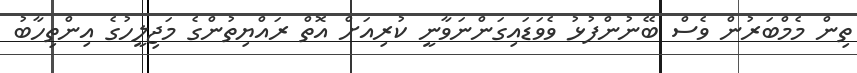
ތިން މެމްބަރުން ވެސް ބޭނުންފުޅު ވެވަޑައިގަންނަވާނީ ކުރިއަށް އޮތް ރައްޔިތުންގެ މަޖިލީހުގެ އިންތިހާބު